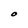
Character: O